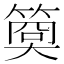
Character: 𥱁